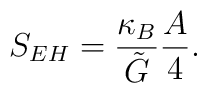
S_{EH}=\frac{\kappa _{B}}{\tilde{G}}\frac{A}{4}.